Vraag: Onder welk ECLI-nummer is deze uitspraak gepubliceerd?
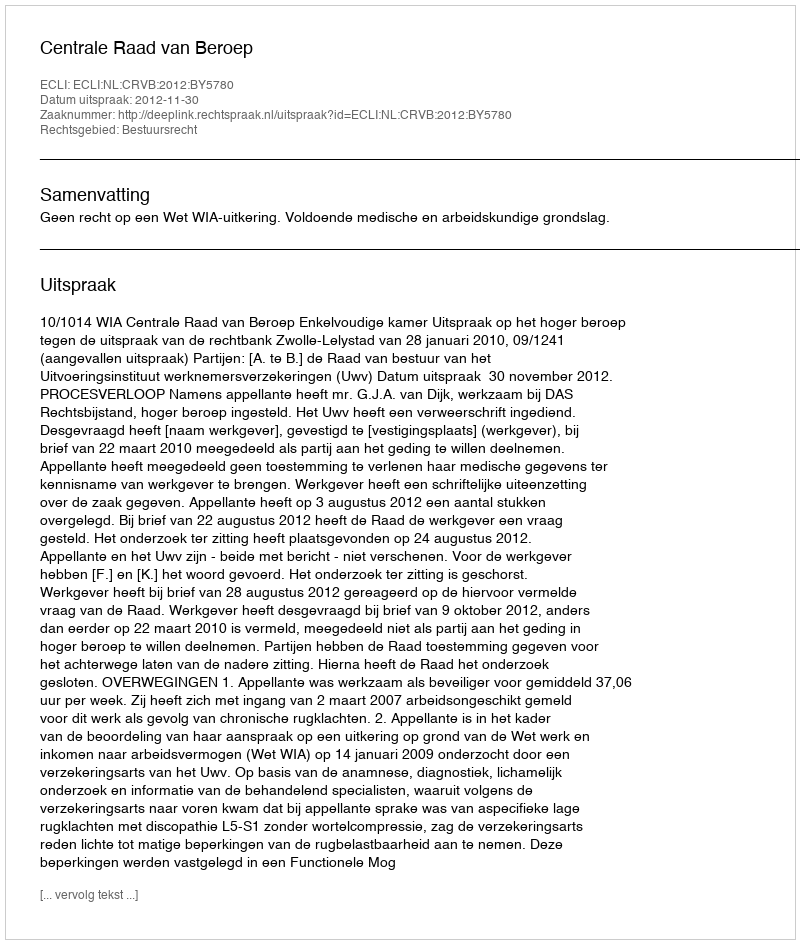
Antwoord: ECLI:NL:CRVB:2012:BY5780